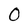
Character: 0